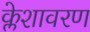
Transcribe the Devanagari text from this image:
क्लेशावरण